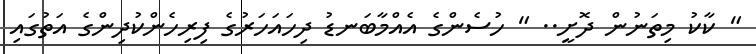
" ކާކު މިތަނުން ދޮށީ.. " ހުސެންގެ އެއްމާބަނޑު ދިހައަހަރުގެ ފިރިހެންކުދިންގެ އަތުގައި